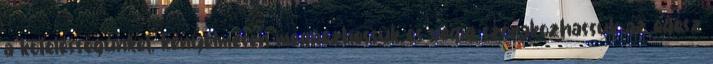
a kötelességünket, kényelmesen megnézhessük és végig szórakozhassuk az egész